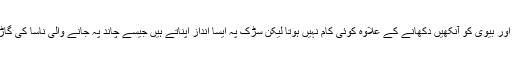
گھر جا کر پیر پسار کر بچوں کو ڈانٹنے ڈپٹنے اور بیوی کو آنکھیں دکھانے کے علاوہ کوئی کام نہیں ہوتا لیکن سڑک پہ ایسا انداز اپناتے ہیں جیسے چاند پہ جانے والی ناسا کی گاڑی ہماری وجہ سے تاخیر کا شکار ہو رہی ہے۔